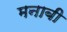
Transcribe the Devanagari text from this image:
मनाबी